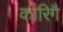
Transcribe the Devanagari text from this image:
कारिगै